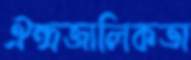
ঐন্দ্রজালিকতা